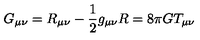
G _ { \mu \nu } = R _ { \mu \nu } - \frac { 1 } { 2 } g _ { \mu \nu } R = 8 \pi G T _ { \mu \nu } \